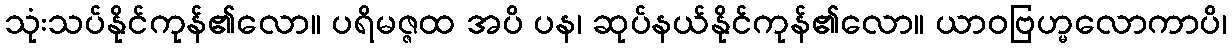
သုံးသပ်နိုင်ကုန်၏လော။ ပရိမဇ္ဇထ အပိ ပန၊ ဆုပ်နယ်နိုင်ကုန်၏လော။ ယာဝဗြဟ္မလောကာပိ၊